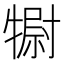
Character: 𤛌